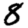
Digit: 8